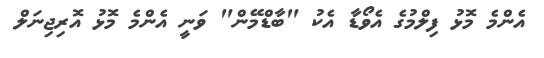
އެންމެ މޮޅު ފިލްމުގެ އެވޯޑާ އެކު "ބާޑްމޭން" ވަނީ އެންމެ މޮޅު އޮރިޖިނަލް